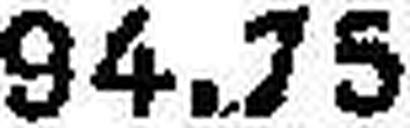
94.75